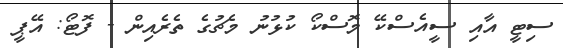
ސިޓީ އާއި ސީއެސްކޭ މޮސްކޯ ކުޅުނު މެޗުގެ ތެރެއިން - ފޮޓޯ: އޭޕީ